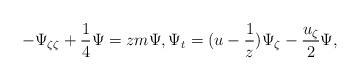
LaTeX: \begin{align*}-\Psi_{\zeta \zeta}+\frac14 \Psi=zm \Psi, \Psi_t=(u-\frac{1}{z})\Psi_{\zeta}-\frac{u_{\zeta}}{2} \Psi, \end{align*}